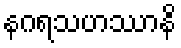
နဂရသဟဿာနိ